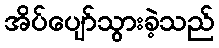
အိပ်ပျော်သွားခဲ့သည်